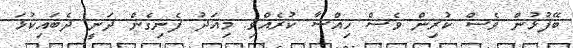
ބޭފުޅުން ވެސް ކުރިން ވެސް ހިއްސާ ކުރެއްވި. މިއަދު ފެނިގެން ދަނީ ދެބައިކުޅަ